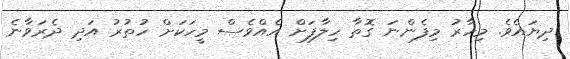
ދިޔައެވެ. މިހާރު މިފެންނަ ގޮތާ ހިލާފަށް އެއްވެސް މީހަކަށް ހުތުރު އަދި ދެރަވާނެ